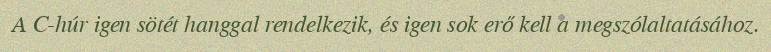
A C-húr igen sötét hanggal rendelkezik, és igen sok erő kell a megszólaltatásához.